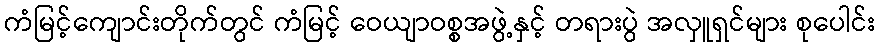
ကံမြင့်ကျောင်းတိုက်တွင် ကံမြင့် ဝေယျာဝစ္စအဖွဲ့နှင့် တရားပွဲ အလှူရှင်များ စုပေါင်း